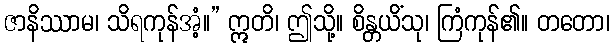
ဇာနိဿာမ၊ သိရကုန်အံ့။” ဣတိ၊ ဤသို့။ စိန္တယိံသု၊ ကြံကုန်၏။ တတော၊